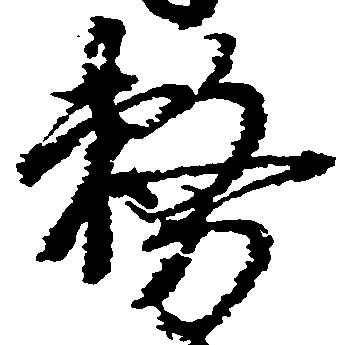
務